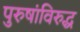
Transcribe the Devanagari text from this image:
पुरुषांविरुद्ध